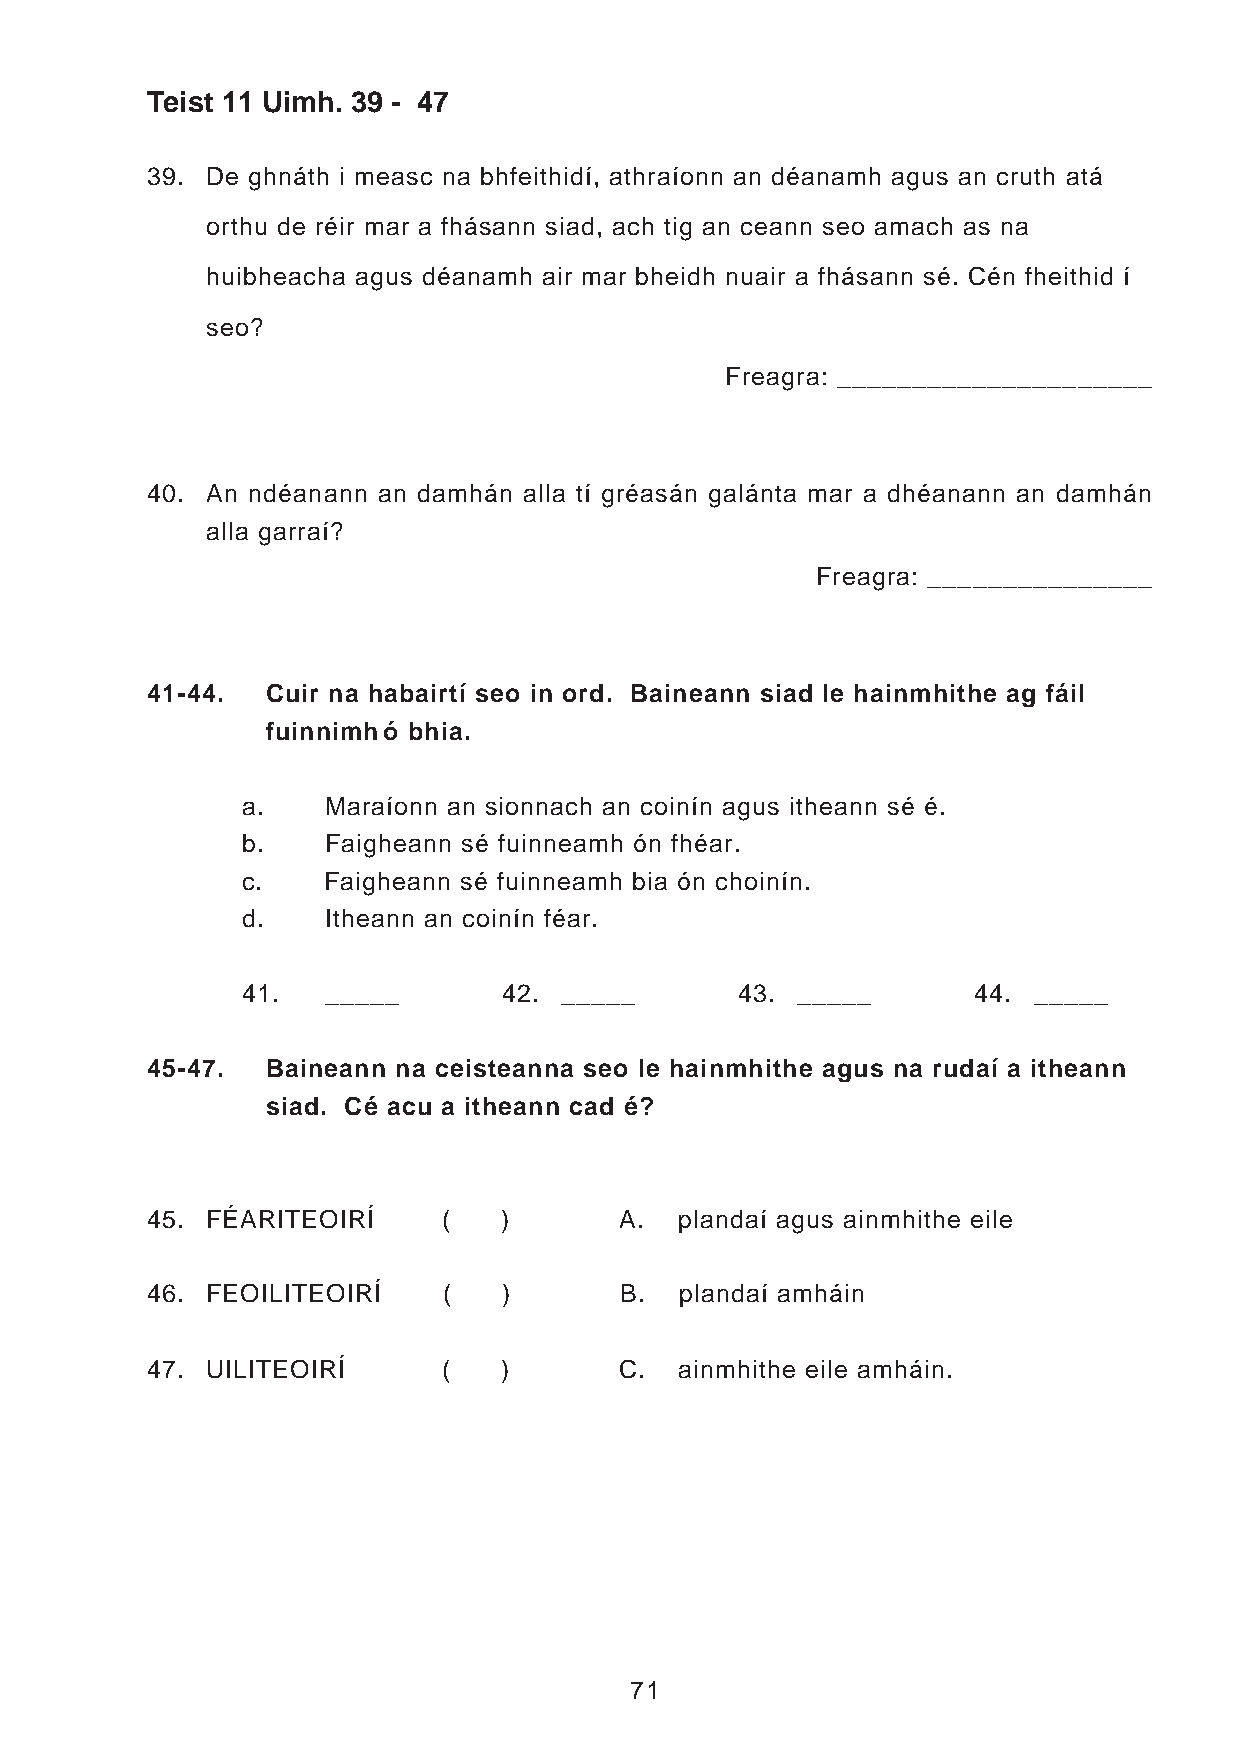
Teist 11 Uimh. 39 - 47
 39. De ghnáth i measc na bhfeithidí, athraíonn an déanamh agus an cruth atá
 orthu de réir mar a fhásann siad, ach tig an ceann seo amach as na
 huibheacha agus déanamh air mar bheidh nuair a fhásann sé. Cén fheithid í
 seo?
 Freagra: _____________________
 40. An ndéanann an damhán alla tí gréasán galánta mar a dhéanann an damhán
 alla garraí?
 Freagra: _______________
 41-44.  Cuir na habairtí seo in ord. Baineann siad le hainmhithe ag fáil
 fuinnimhó bhia.
 a.   Maraíonn an sionnach an coinín agus itheann sé é.
 b.   Faigheann sé fuinneamh ón fhéar.
 c.   Faigheann sé fuinneamh bia ón choinín.
 d.   Itheann an coinín féar.
 41.  _____       42. _____       43. _____      44. _____
 45-47.  Baineann na ceisteanna seo le hainmhithe agus na rudaí a itheann
 siad. Cé acu a itheann cad é?
 45. FÉARITEOIRÍ    (   )       A.  plandaí agus ainmhithe eile
 46. FEOILITEOIRÍ   (   )       B.  plandaí amháin
 47. UILITEOIRÍ     (   )       C.  ainmhithe eile amháin.
 71